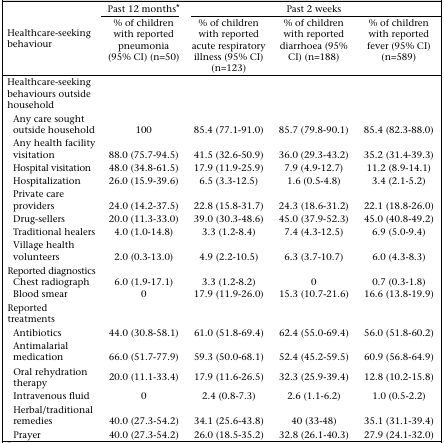
<table><thead><tr><td rowspan="2"><b>Healthcare-seeking behaviour</b></td><td><b>Past 12 months*</b></td><td colspan="3"><b>Past 2 weeks</b></td></tr><tr><td><b>% of children with reported pneumonia (95% CI) (n=50)</b></td><td><b>% of children with reported acute respiratory illness (95% CI) (n=123)</b></td><td><b>% of children with reported diarrhoea (95% CI) (n=188)</b></td><td><b>% of children with reported fever (95% CI) (n=589)</b></td></tr></thead><tbody><tr><td>Healthcare-seeking behaviours outside household</td><td></td><td></td><td></td><td></td></tr><tr><td>Any care sought outside household</td><td>100</td><td>85.4 (77.1-91.0)</td><td>85.7 (79.8-90.1)</td><td>85.4 (82.3-88.0)</td></tr><tr><td>Any health facility visitation</td><td>88.0 (75.7-94.5)</td><td>41.5 (32.6-50.9)</td><td>36.0 (29.3-43.2)</td><td>35.2 (31.4-39.3)</td></tr><tr><td>Hospital visitation</td><td>48.0 (34.8-61.5)</td><td>17.9 (11.9-25.9)</td><td>7.9 (4.9-12.7)</td><td>11.2 (8.9-14.1)</td></tr><tr><td>Hospitalization</td><td>26.0 (15.9-39.6)</td><td>6.5 (3.3-12.5)</td><td>1.6 (0.5-4.8)</td><td>3.4 (2.1-5.2)</td></tr><tr><td>Private care providers</td><td>24.0 (14.2-37.5)</td><td>22.8 (15.8-31.7)</td><td>24.3 (18.6-31.2)</td><td>22.1 (18.8-26.0)</td></tr><tr><td>Drug-sellers</td><td>20.0 (11.3-33.0)</td><td>39.0 (30.3-48.6)</td><td>45.0 (37.9-52.3)</td><td>45.0 (40.8-49.2)</td></tr><tr><td>Traditional healers</td><td>4.0 (1.0-14.8)</td><td>3.3 (1.2-8.4)</td><td>7.4 (4.3-12.5)</td><td>6.9 (5.0-9.4)</td></tr><tr><td>Village health volunteers</td><td>2.0 (0.3-13.0)</td><td>4.9 (2.2-10.5)</td><td>6.3 (3.7-10.7)</td><td>6.0 (4.3-8.3)</td></tr><tr><td>Reported diagnostics</td><td></td><td></td><td></td><td></td></tr><tr><td>Chest radiograph</td><td>6.0 (1.9-17.1)</td><td>3.3 (1.2-8.2)</td><td>0</td><td>0.7 (0.3-1.8)</td></tr><tr><td>Blood smear</td><td>0</td><td>17.9 (11.9-26.0)</td><td>15.3 (10.7-21.6)</td><td>16.6 (13.8-19.9)</td></tr><tr><td>Reported treatments</td><td></td><td></td><td></td><td></td></tr><tr><td>Antibiotics</td><td>44.0 (30.8-58.1)</td><td>61.0 (51.8-69.4)</td><td>62.4 (55.0-69.4)</td><td>56.0 (51.8-60.2)</td></tr><tr><td>Antimalarial medication</td><td>66.0 (51.7-77.9)</td><td>59.3 (50.0-68.1)</td><td>52.4 (45.2-59.5)</td><td>60.9 (56.8-64.9)</td></tr><tr><td>Oral rehydration therapy</td><td>20.0 (11.1-33.4)</td><td>17.9 (11.6-26.5)</td><td>32.3 (25.9-39.4)</td><td>12.8 (10.2-15.8)</td></tr><tr><td>Intravenous fluid</td><td>0</td><td>2.4 (0.8-7.3)</td><td>2.6 (1.1-6.2)</td><td>1.0 (0.5-2.2)</td></tr><tr><td>Herbal/traditional remedies</td><td>40.0 (27.3-54.2)</td><td>34.1 (25.6-43.8)</td><td>40 (33-48)</td><td>35.1 (31.1-39.4)</td></tr><tr><td>Prayer</td><td>40.0 (27.3-54.2)</td><td>26.0 (18.5-35.2)</td><td>32.8 (26.1-40.3)</td><td>27.9 (24.1-32.0)</td></tr></tbody></table>